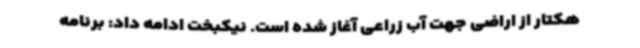
هکتار از اراضی جهت آب زراعی آغاز شده است. نیکبخت ادامه داد: برنامه